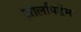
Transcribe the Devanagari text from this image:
जोलपिडेम